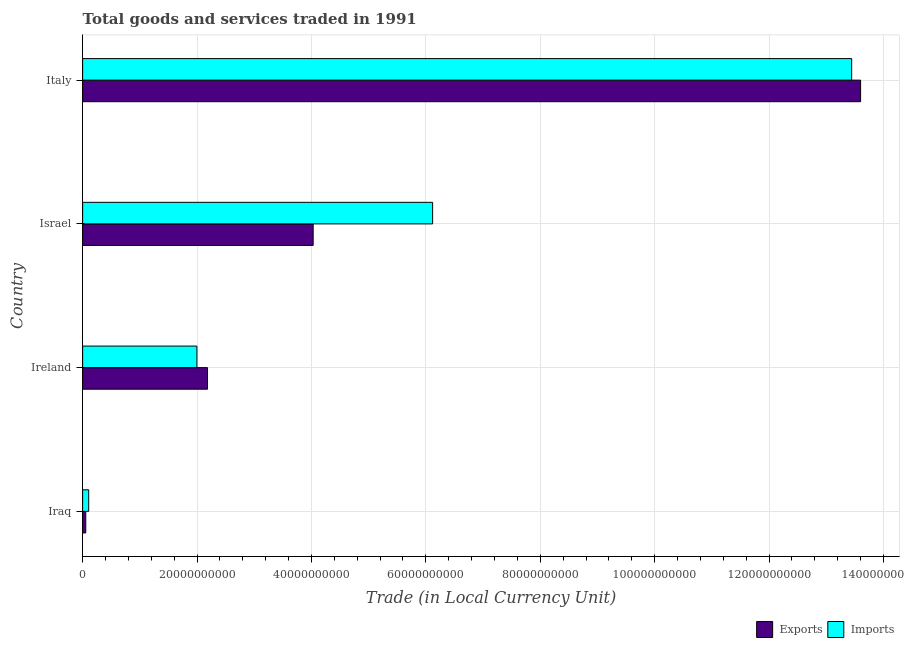
| Country | Exports | Imports |
 | --- | --- | --- |
 | Iraq | 5.48e+08 | 1.06e+09 |
 | Ireland | 2.18e+10 | 2e+10 |
 | Israel | 4.03e+10 | 6.12e+10 |
 | Italy | 1.36e+11 | 1.34e+11 |